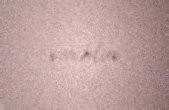
veriblər.